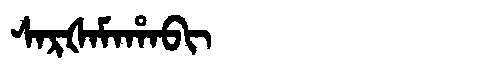
Manchu: ᠰᠠᡵᡧᠠᠮᠠᡥᠠᠪᡳ
Romanization: SARŠAMAHABI